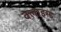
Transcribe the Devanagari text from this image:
क्लाइम्ड